Annual report on the health of the army in India
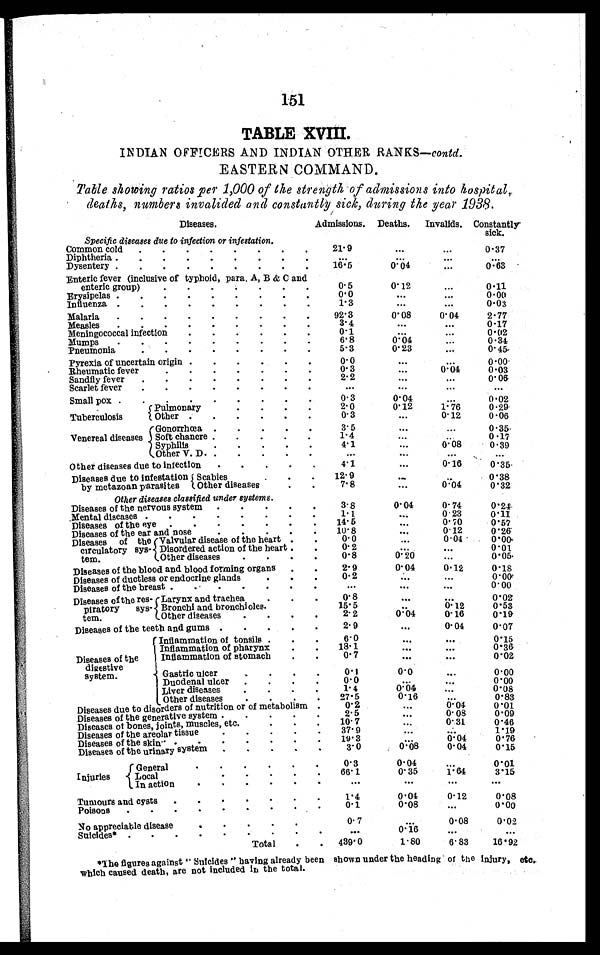
151
TABLE XVIII.
INDIAN OFFICERS AND INDIAN OTHER RANKS— contd.
EASTERN COMMAND.
Table showing ratios per 1,000 of the strength of admissions into hospital,
deaths, numbers invalided and constantly sick, during the year 1938.
Diseases.
Admissions. Deaths. Invalids. Constantly
sick.
Specific diseases due to infection or infestation.
Common cold . . .
2 1 . 9
. . .
. . .
0 . 3 7
Diphtheria . . .
. . .
. . .
. . .
. . .
Dysentery . . .
16.5
0 . 0 4
. . .
0.63
Enteric fever (inclusive of typhoid, para. A, B & C and
enteric group) . . .
0.5
0.12
. . .
0.11
Erysipelas . . .
0.0
. . .
. . .
0 . 0 0
Influenza . . .
1.3
. . .
. . .
0.03
Malaria . . .
92.3
0.08
0.04
2.77
Measles . . .
3.4
. . .
. . . 0.17
Meningococcal infection . . .
0.1
. . .
. . .
0.02
Mumps . . .
6.8
0.04
. . .
0.34
Pneumonia . . .
5.3
0.23
. . . 0.45
Pyrexia of uncertain origin . . .
0.0
. . .
. . .
0 . 0 0
Rheumatic fever . . . . .
0.3
. . .
0 . 0 4
0 . 0 3
Sandfly fever . . .
2.2
. . .
. . . 0.06
Scarlet fever . . .
. . .
. . .
. . .
. . .
Small pox . . .
0.3
0.04
. . . 0.02
Tuberculosis
Pulmonary . . .
2.0
0.12
1.76
0.29
Other . . .
0.3
. . .
0.12
0.06
Venereal diseases
Gonorrhœa . . .
3.5
. . .
. . . 0.35
Soft chancre
. . .
1 . 4
. . .
. . . 0.17
Syphilis . . .
4 . 1
. . .
0 . 0 8
0 . 3 9
Other V. D. . . .
. . .
. . .
. . .
. . .
Other diseases due to infection . . .
4 . 1
. . .
0.16
0.35
Diseases due to infestation
by metazoan parasites
Scabies . . .
12.9
. . .
. . . 0.38
Ot h e r d i s e a s e s . . .
7.8
. . .
0.04
0.32
O t h e r d i s e a s e s c l a s s i f i e d u n d e r s y s t e m s .
Diseases of the nervous system . . .
3.8
0.04
0.74
0.24
Mental diseases . . .
1.1
. . .
0.23
0.11
D i s e a s e s o f t h e e y e . . .
14.5
. . .
0.70
0.57
Diseases of the ear and nose . . .
1 0 . 8
. . .
0.12
0.26
Diseases of
the circulatory sys
-tem.
Valvular disease of the heart . . .
0.0
. . .
0.04
0.00
Disordered action of the heart . . .
0.2
. . .
. . .
0.01
Other diseases . . .
0.8
0.20
. . .
0.05
Diseases of the blood and blood forming organs . . .
2.9
0.04
0.12
0.18
Diseases of ductless or endocrine glands . . .
0 . 2
. . .
. . .
0.09
Diseases of the breast . . .
. . .
. . .
. . . 0.00
Diseases of the
res-piratory
sys
-tem.
Larynx and trachea . . .
0.8
. . .
. . . 0.02
Bronchi and bronchioles . . .
15.5
. . .
0 . 1 2
0.53
Other diseases . . .
2.2
0.04
0.16
0.19
Diseases of the teeth and gums . . .
2.9
. . .
0.04
0.07
Diseases of the
digestive
system.
Inflammation of tonsils . . .
6.0
. . .
. . .
0.15
Inflammation of pharynx . . .
18.1
. . .
. . . 0.36
Inflammation of stomach . . .
0.7
. . .
. . .
0.02
Gastric ulcer . . .
0.1
0 . 0
. . .
0.00
Duodenal ulcer . . .
0.0
. . .
. . .
0.00
Liver diseases . . .
1. 4
0.04
. . . 0.08
Other diseases . . .
27.5
0.16
. . .
0.83
Diseases due to disorders of nutrition or of metabolism . . .
0.2
. . .
0 . 0 4
0.01
Diseases of the generative system . . .
2.5
. . .
0.08
0.09
Diseases of bones, joints, muscles, etc . . .
10.7
. . .
0.31
0.46
Diseases of the areolar tissue . . .
37.9
. . .
. . .
1. 19
Diseases of the skin . . .
19.3
. . .
0 . 0 4
0.76
Diseases of the urinary system . . .
3.0
0.08
0.04
0.15
Injuries
General . . .
0.3
0.04
. . .
0.01
6 6 . 1
0.35
3.15
1.64
Local . . .
In action . . .
. . .
. . .
. . .
. . .
Tumours and cysts . . .
1.4
0.04
0.12
0.08
Poisons . . .
0.1
0.08
. . .
0.00
No appreciable disease . . .
0.7
. . .
0. 08
0.02
0.16
Suicides* . . .
. . .
. . .
. . .
Total . . .
439.0
1.80
6.83
16.92
*The figures against "Suicides" having already been shown under the heading of the injury,
etc.
which caused death, are not included in the total.